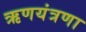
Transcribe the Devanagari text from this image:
ऋणयंत्रणा